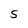
Character: 5